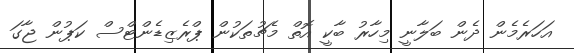
އަހަރެމެން ދެން ބަލާނީ މިހާރު ބާކީ އޮތް މެޗުތަކުން ޕްރެޒިޑެންޓްސް ކަޕުން ޖާގަ